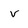
Character: v